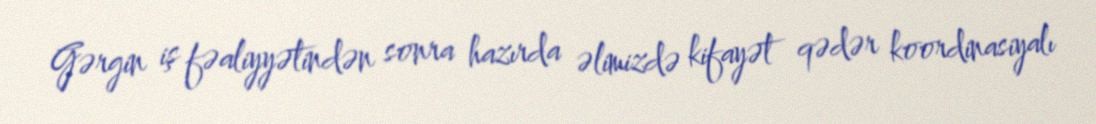
Gərgin iş fəaliyyətindən sonra hazırda əlimizdə kifayət qədər koordinasiyalı